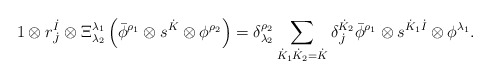
\begin{align*}1 \otimes r^{\dot{I}}_{\dot{J}} \otimes \Xi^{\lambda_1}_{\lambda_2} \left( \bar{\phi}^{\rho_1} \otimes s^{\dot{K}} \otimes \phi^{\rho_2} \right) = \delta_{\lambda_2}^{\rho_2} \sum_{\dot{K}_1 \dot{K}_2 = \dot{K}} \delta^{\dot{K}_2}_{\dot{J}} \bar{\phi}^{\rho_1} \otimes s^{\dot{K}_1 \dot{I}} \otimes \phi^{\lambda_1}.\end{align*}